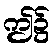
ဤ၌